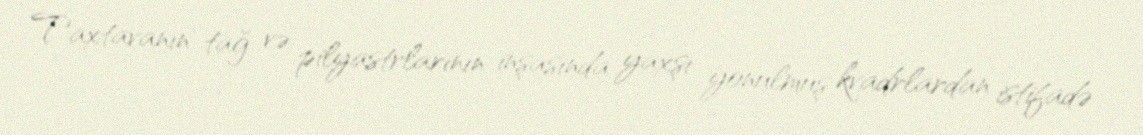
Taxtavanın tağ və pilyastrlarının inşasında yaxşı yonulmuş kvadrlardan istifadə